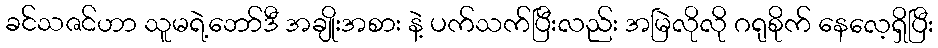
ခင်သဇင်ဟာ သူမရဲ့ဘော်ဒီ အချိုးအစား နဲ့ ပက်သက်ပြီးလည်း အမြဲလိုလို ဂရုစိုက် နေလေ့ရှိပြီး